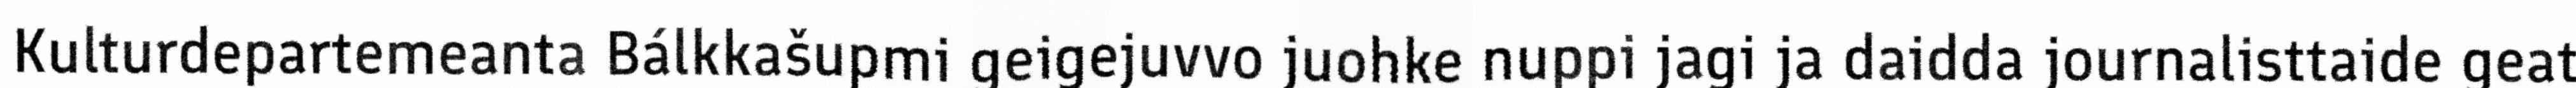
Kulturdepartemeanta Bálkkašupmi geigejuvvo juohke nuppi jagi ja daidda journalisttaide geat